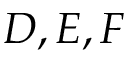
D , E , F